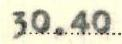
30.40